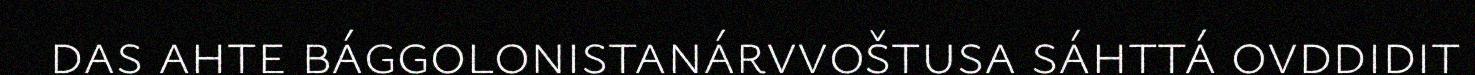
das ahte bággolonistanárvvoštusa sáhttá ovddidit